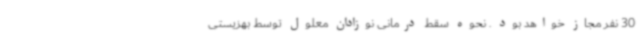
30 نفر مجاز خواهد بود . نحوه سقط درمانی نوزادان معلول توسط بهزیستی